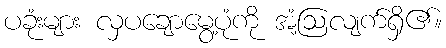
ပခုံးများ လှပချောမွေ့ပုံကို အံ့ဩလျက်ရှိ၏။